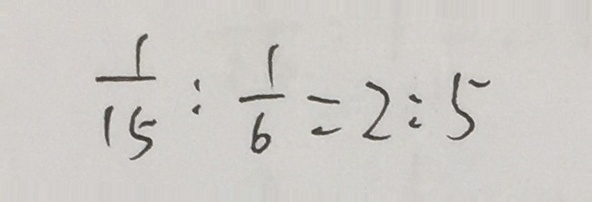
\frac { 1 } { 1 5 } : \frac { 1 } { 6 } = 2 : 5